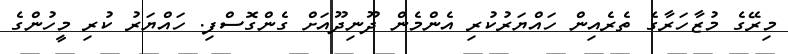
މިރޭގެ މުޒާހަރާގެ ތެރެއިން ހައްޔަރުކުރި އެންމެން ދޫނިދޫއަށް ގެންގޮސްފި. ހައްޔަރު ކުރި މީހުންގެ